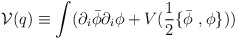
\begin{align*}{\cal V}(q)\equiv\int(\partial_i\bar{\phi}\partial_i\phi+V(\frac 12\{\bar{\phi}\ ,\phi\})) \end{align*}